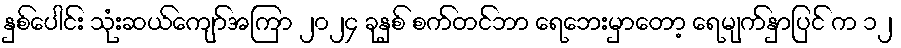
နှစ်ပေါင်း သုံးဆယ်ကျော်အကြာ ၂၀၂၄ ခုနှစ် စက်တင်ဘာ ရေဘေးမှာတော့ ရေမျက်နှာပြင် က ၁၂